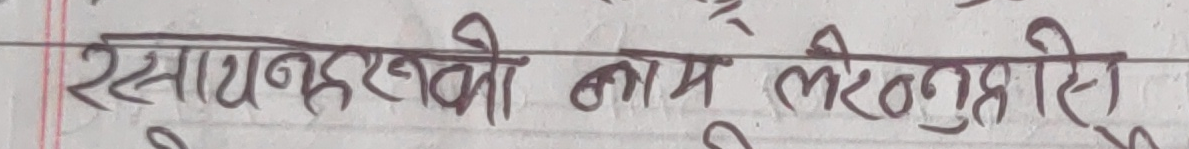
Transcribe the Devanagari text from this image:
रसायनहरुको नाम लेख्नुहोस्